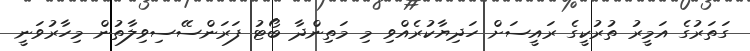
ގަތަރުގެ އަމީރު ތުރުކީގެ ރައީސަށް ހަދިޔާކުރެއްވި މި މަތިންދާ ބޯޓު ފަރަންސޭސިވިލާތުން މިހާރުވަނީ